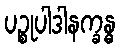
ပဉ္စုပါဒါနက္ခန္ဓ